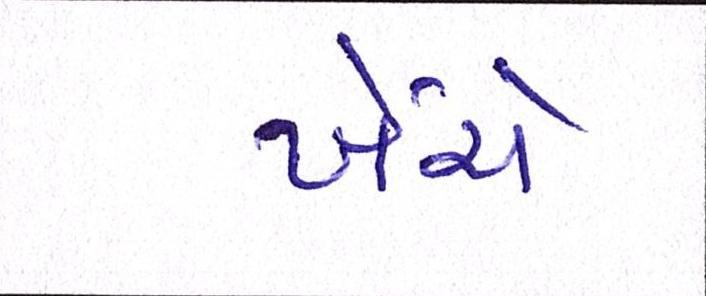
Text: ખેંચે